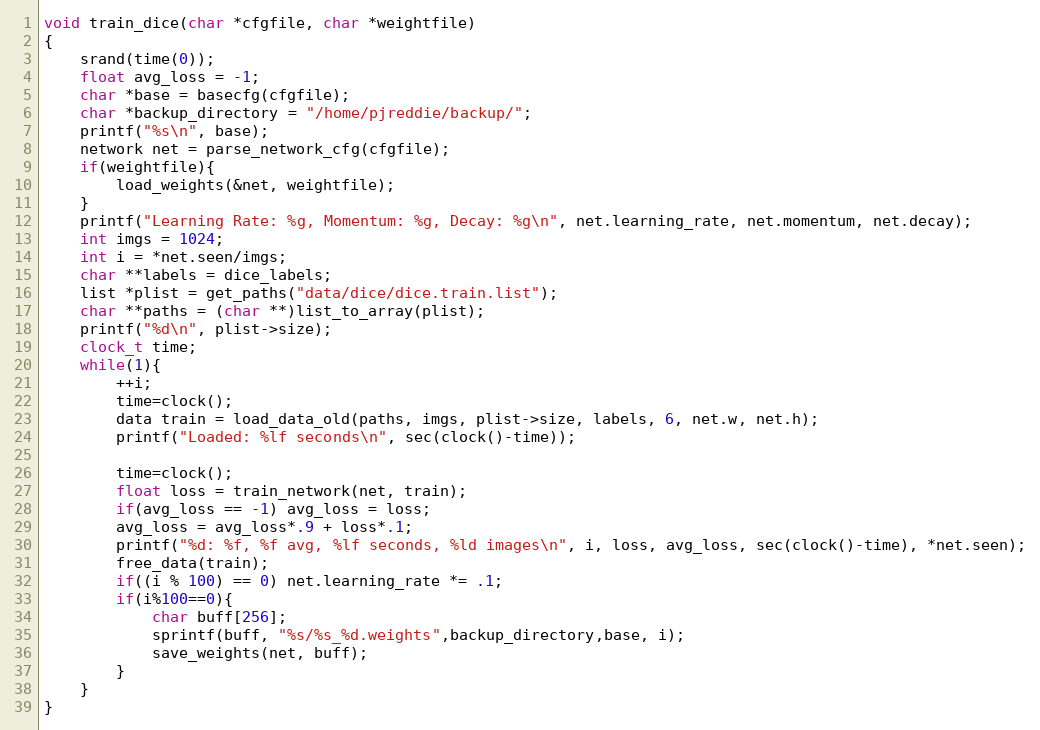
Language: C
void train_dice(char *cfgfile, char *weightfile)
{
    srand(time(0));
    float avg_loss = -1;
    char *base = basecfg(cfgfile);
    char *backup_directory = "/home/pjreddie/backup/";
    printf("%s\n", base);
    network net = parse_network_cfg(cfgfile);
    if(weightfile){
        load_weights(&net, weightfile);
    }
    printf("Learning Rate: %g, Momentum: %g, Decay: %g\n", net.learning_rate, net.momentum, net.decay);
    int imgs = 1024;
    int i = *net.seen/imgs;
    char **labels = dice_labels;
    list *plist = get_paths("data/dice/dice.train.list");
    char **paths = (char **)list_to_array(plist);
    printf("%d\n", plist->size);
    clock_t time;
    while(1){
        ++i;
        time=clock();
        data train = load_data_old(paths, imgs, plist->size, labels, 6, net.w, net.h);
        printf("Loaded: %lf seconds\n", sec(clock()-time));

        time=clock();
        float loss = train_network(net, train);
        if(avg_loss == -1) avg_loss = loss;
        avg_loss = avg_loss*.9 + loss*.1;
        printf("%d: %f, %f avg, %lf seconds, %ld images\n", i, loss, avg_loss, sec(clock()-time), *net.seen);
        free_data(train);
        if((i % 100) == 0) net.learning_rate *= .1;
        if(i%100==0){
            char buff[256];
            sprintf(buff, "%s/%s_%d.weights",backup_directory,base, i);
            save_weights(net, buff);
        }
    }
}